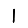
Digit: 1